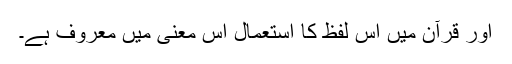
اور قرآن میں اس لفظ کا استعمال اس معنی میں معروف ہے۔